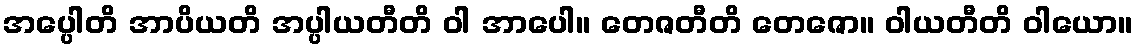
အပ္ပေါတိ အာပိယတိ အပ္ပါယတီတိ ဝါ အာပေါ။ တေဇတီတိ တေဇော။ ဝါယတီတိ ဝါယော။